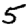
Digit: 5